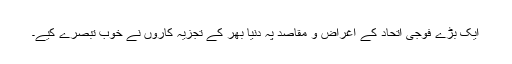
ایک بڑے فوجی اتحاد کے اغراض و مقاصد پہ دنیا بھر کے تجزیہ کاروں نے خوب تبصرے کیے۔